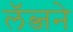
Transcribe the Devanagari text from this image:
लॅब्जने